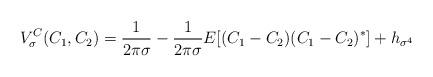
LaTeX: \begin{align*}V_{\sigma}^C(C_1,C_2) = \frac{1}{2\pi\sigma} - \frac{1}{2\pi\sigma} E[(C_1 - C_2)(C_1-C_2)^* ] + h_{\sigma^4}\end{align*}